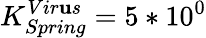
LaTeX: K_{Spring}^{Vir\mathbf{u}s}=5*10^{0}